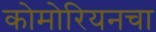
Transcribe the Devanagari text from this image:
कोमोरियनचा